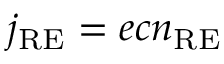
j _ { \mathrm { R E } } = e c n _ { \mathrm { R E } }